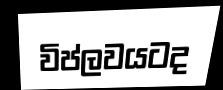
විප්ලවයටද